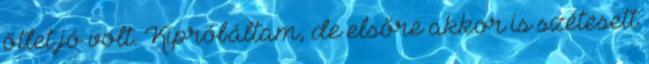
ötlet jó volt. Kipróbáltam, de elsőre akkor is szétesett